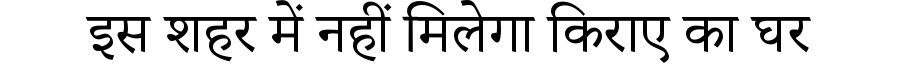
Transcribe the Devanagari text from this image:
इस शहर में नहीं मिलेगा किराए का घर